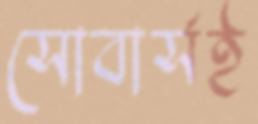
সোবার্সই